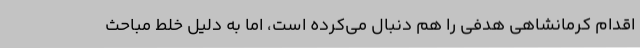
اقدام کرمانشاهی هدفی را هم دنبال می‌کرده است، اما به دلیل خلط مباحث